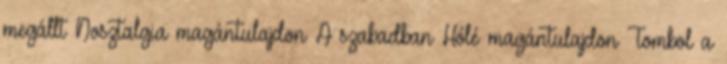
megállt Nosztalgia magántulajdon A szabadban Hólé magántulajdon Tombol a